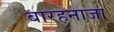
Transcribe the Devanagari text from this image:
बारहनाजा